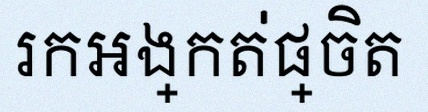
រកអង្កត់ផ្ចិត